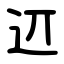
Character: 䢋